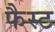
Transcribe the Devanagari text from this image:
फैस्ट